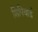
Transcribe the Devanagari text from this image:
शिपियार्ड